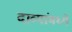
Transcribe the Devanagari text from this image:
दाव्यांमध्ये